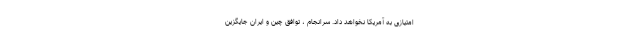
امتیازی به آمریکا نخواهد داد. سرانجام ، توافق چین و ایران جایگزین